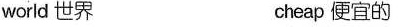
world 世界 cheap 便宜的